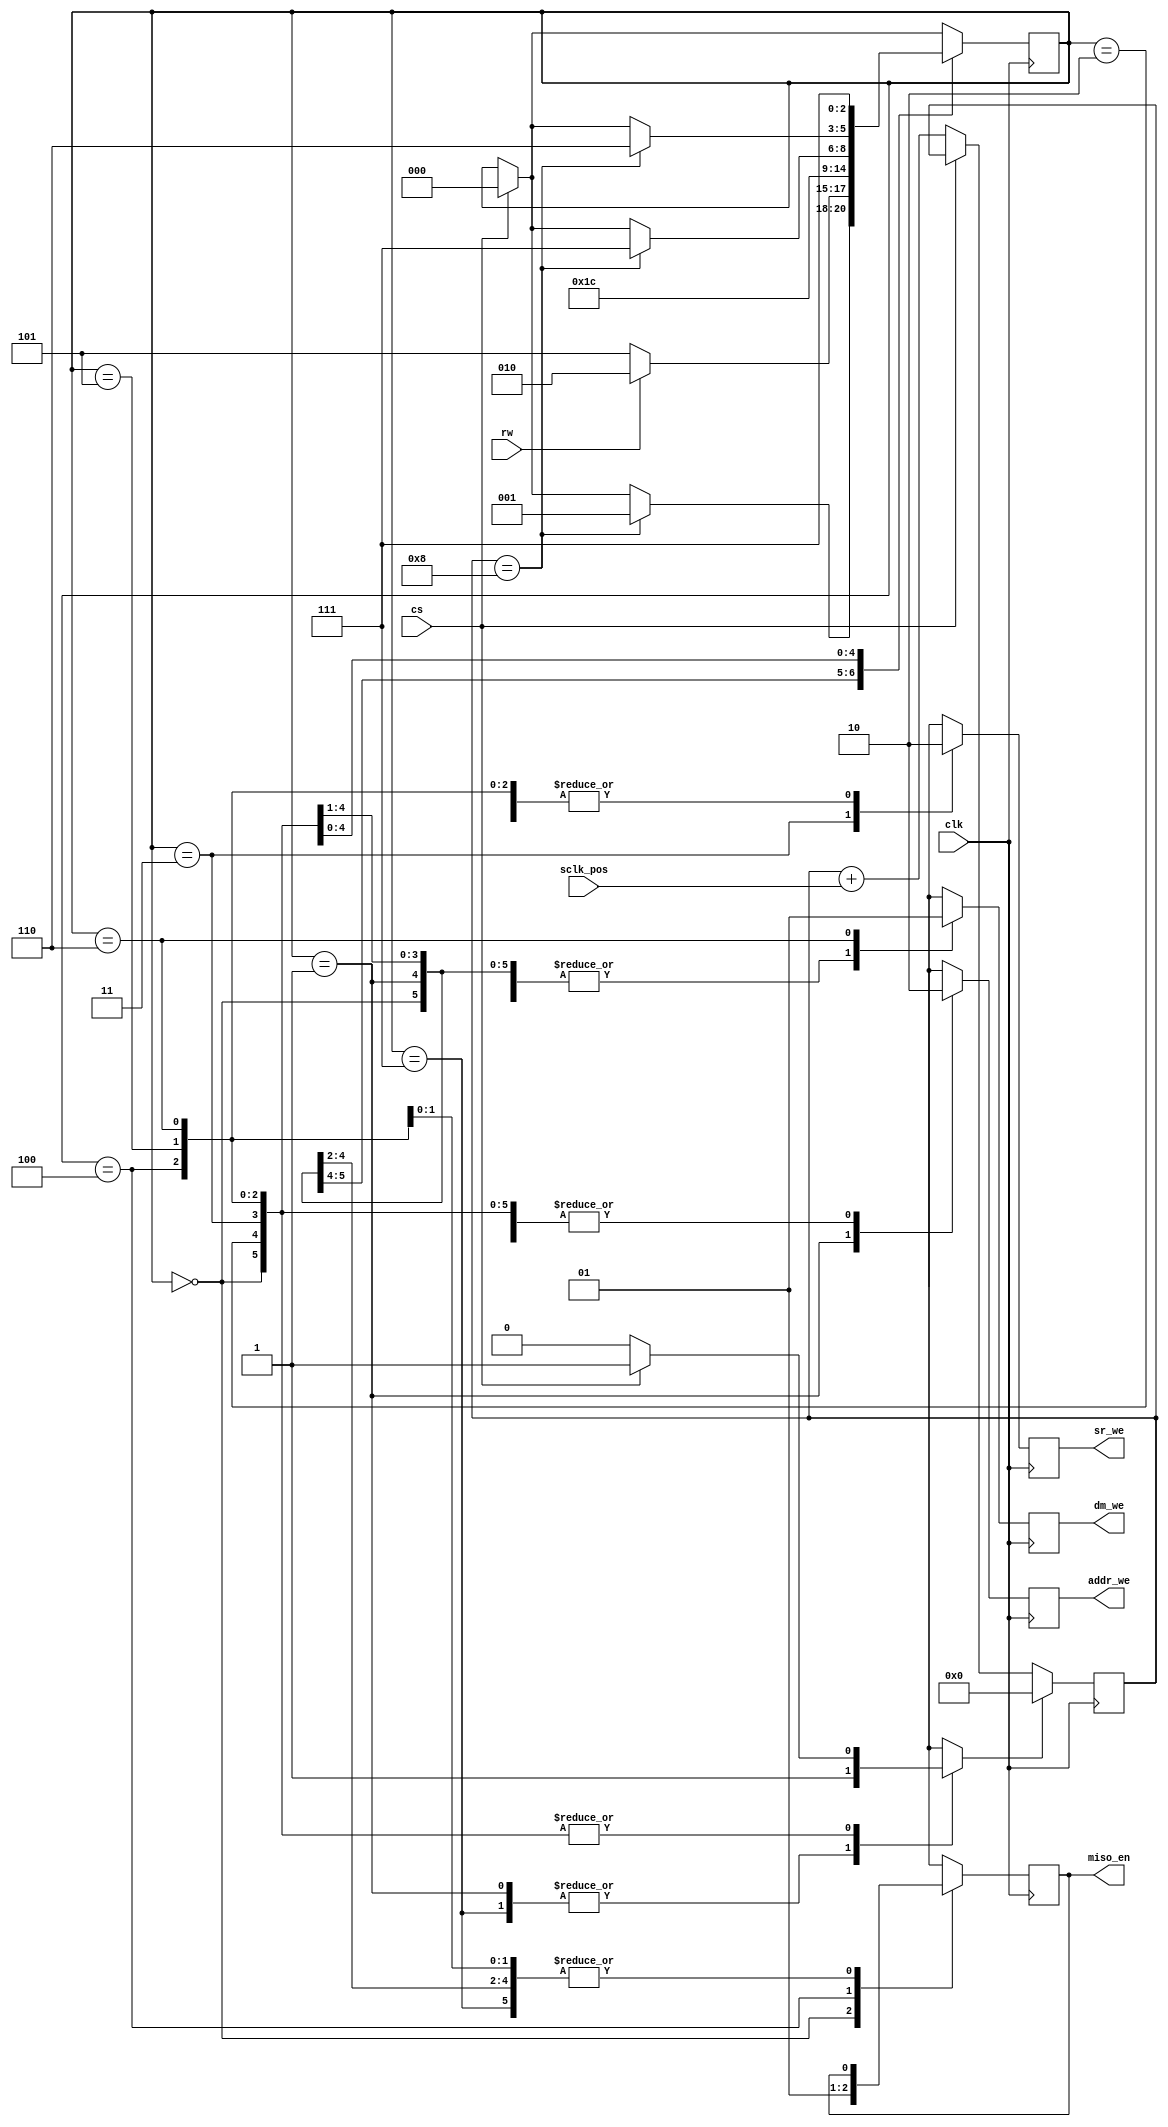
module finitestatemachine(clk, cs, sclk_pos, rw, sr_we, dm_we, addr_we, miso_en);
input clk;
input cs;
input sclk_pos;
input rw;
output reg sr_we;
output reg dm_we;
output reg addr_we;
output reg miso_en;

parameter state_GET = 0;
parameter state_GOT = 1;
parameter state_READ_1 = 2;
parameter state_READ_2 = 3;
parameter state_READ_3 = 4;
parameter state_WRITE_1 = 5;
parameter state_WRITE_2 = 6;
parameter state_DONE = 7;

reg[3:0] count = 0;
reg[2:0] state = state_GET;

reg reset_count;

always @(posedge clk) begin
if (!cs) begin
    count <= count + sclk_pos;
end
sr_we = 0;
dm_we = 0;
addr_we = 0;
reset_count = 0;

if (cs) begin
    reset_count = 1;
    state <= state_GET;
end

case (state)
    state_DONE: 
        begin
            reset_count = 1;
        end
    state_GET:
        begin
            miso_en = 0;
            if (count == 8) begin
                state <= state_GOT;
            end
        end
    state_GOT:
        begin
            reset_count = 1;
            addr_we = 1;
            if (rw) begin
                state <= state_READ_1;
            end
            else begin
                state <= state_WRITE_1;
            end
        end
    state_READ_1:
       begin
            state <= state_READ_2;
        end 
    state_READ_2:
        begin
            sr_we = 1;
            state <= state_READ_3;
        end
    state_READ_3:
        begin
            miso_en = 1;
            if (count == 8) begin
                state <= state_DONE;
            end
        end
    state_WRITE_1:
        begin
            if (count == 8) begin
                state <= state_WRITE_2;
            end
        end
    state_WRITE_2:
        begin
            dm_we = 1;
            state <= state_DONE;
        end
endcase

if (reset_count) begin
    count <= 0;
end

end
endmodule